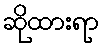
ဆိုထားရာ